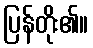
ပြန်တိုး၏။